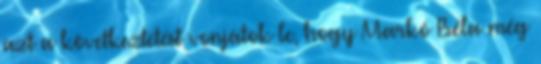
azt a következtetést vonjátok le, hogy Markó Béla még